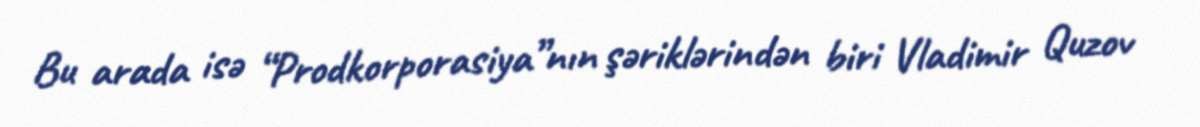
Bu arada isə “Prodkorporasiya”nın şəriklərindən biri Vladimir Quzov